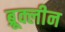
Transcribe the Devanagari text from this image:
ब्रूक्लीन